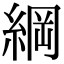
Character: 綱